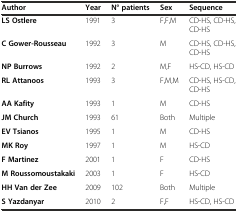
| Author | Year | N° patients | Sex | Sequence |
 | --- | --- | --- | --- | --- |
 | LS Ostlere | 1991 | 3 | F,F,M | CD-HS, CD-HS, CD-HS |
 | C Gower-Rousseau | 1992 | 3 | M | CD-HS, CD-HS, CD-HS |
 | NP Burrows | 1992 | 2 | M,F | HS-CD, HS-CD |
 | RL Attanoos | 1993 | 3 | F,M,M | CD-HS, HS-CD, CD-HS |
 | AA Kafity | 1993 | 1 | M | CD-HS |
 | JM Church | 1993 | 61 | Both | Multiple |
 | EV Tsianos | 1995 | 1 | M | CD-HS |
 | MK Roy | 1997 | 1 | M | HS-CD |
 | F Martinez | 2001 | 1 | F | CD-HS |
 | M Roussomoustakaki | 2003 | 1 | F | HS-CD |
 | HH Van der Zee | 2009 | 102 | Both | Multiple |
 | S Yazdanyar | 2010 | 2 | F,F | HS-CD, HS-CD |